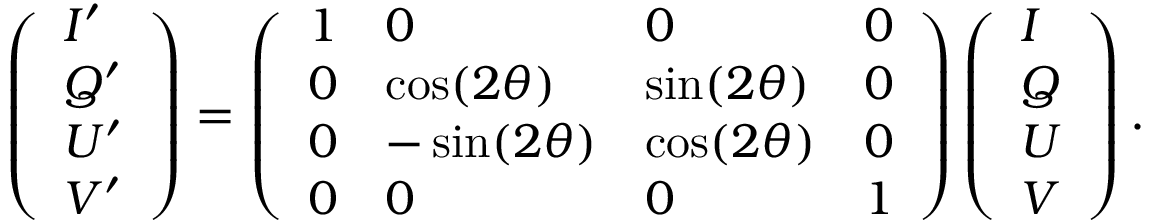
\begin{array} { r } { \left( \begin{array} { l } { I ^ { \prime } } \\ { Q ^ { \prime } } \\ { U ^ { \prime } } \\ { V ^ { \prime } } \end{array} \right) = \left( \begin{array} { l l l l } { 1 } & { 0 } & { 0 } & { 0 } \\ { 0 } & { \cos ( 2 \theta ) } & { \sin ( 2 \theta ) } & { 0 } \\ { 0 } & { - \sin ( 2 \theta ) } & { \cos ( 2 \theta ) } & { 0 } \\ { 0 } & { 0 } & { 0 } & { 1 } \end{array} \right) \left( \begin{array} { l } { I } \\ { Q } \\ { U } \\ { V } \end{array} \right) . } \end{array}